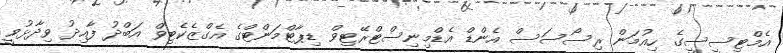
އެމްޓިސީސީގެ ހިއުމަން ރިސޯސަސް އެންޑް އެޑްމިނިސްޓްރޭޓިވް ޑިޕާޓްމަންޓްގެ އެގްޒެކެޓިވް އަބްދު ފާއިދު ވިދާޅުވީ